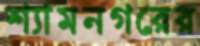
শ্যামনগরের